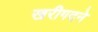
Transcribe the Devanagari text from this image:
खरीगदने